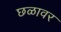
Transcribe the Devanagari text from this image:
छळावर